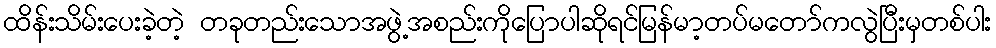
ထိန်းသိမ်းပေးခဲ့တဲ့ တခုတည်းသောအဖွဲ့အစည်းကိုပြောပါဆိုရင်မြန်မာ့တပ်မတော်ကလွဲပြီးမှတစ်ပါး